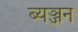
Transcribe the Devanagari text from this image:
ब्यञ्जन